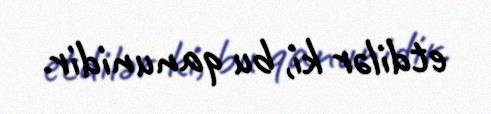
etdilər ki, bu qanunidir.